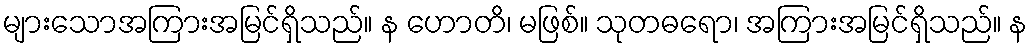
များသောအကြားအမြင်ရှိသည်။ န ဟောတိ၊ မဖြစ်။ သုတဓရော၊ အကြားအမြင်ရှိသည်။ န